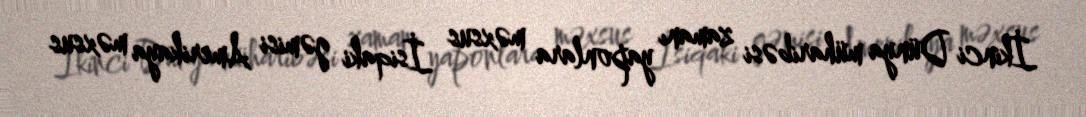
İkinci Dünya müharibəsi zamanı yaponlara məxsus İsiqaki gəmisi Amerikaya məxsus